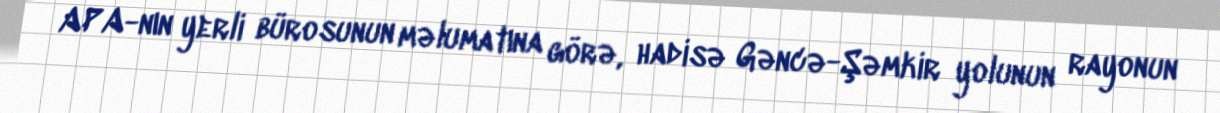
APA-nın yerli bürosunun məlumatına görə, hadisə Gəncə-Şəmkir yolunun rayonun